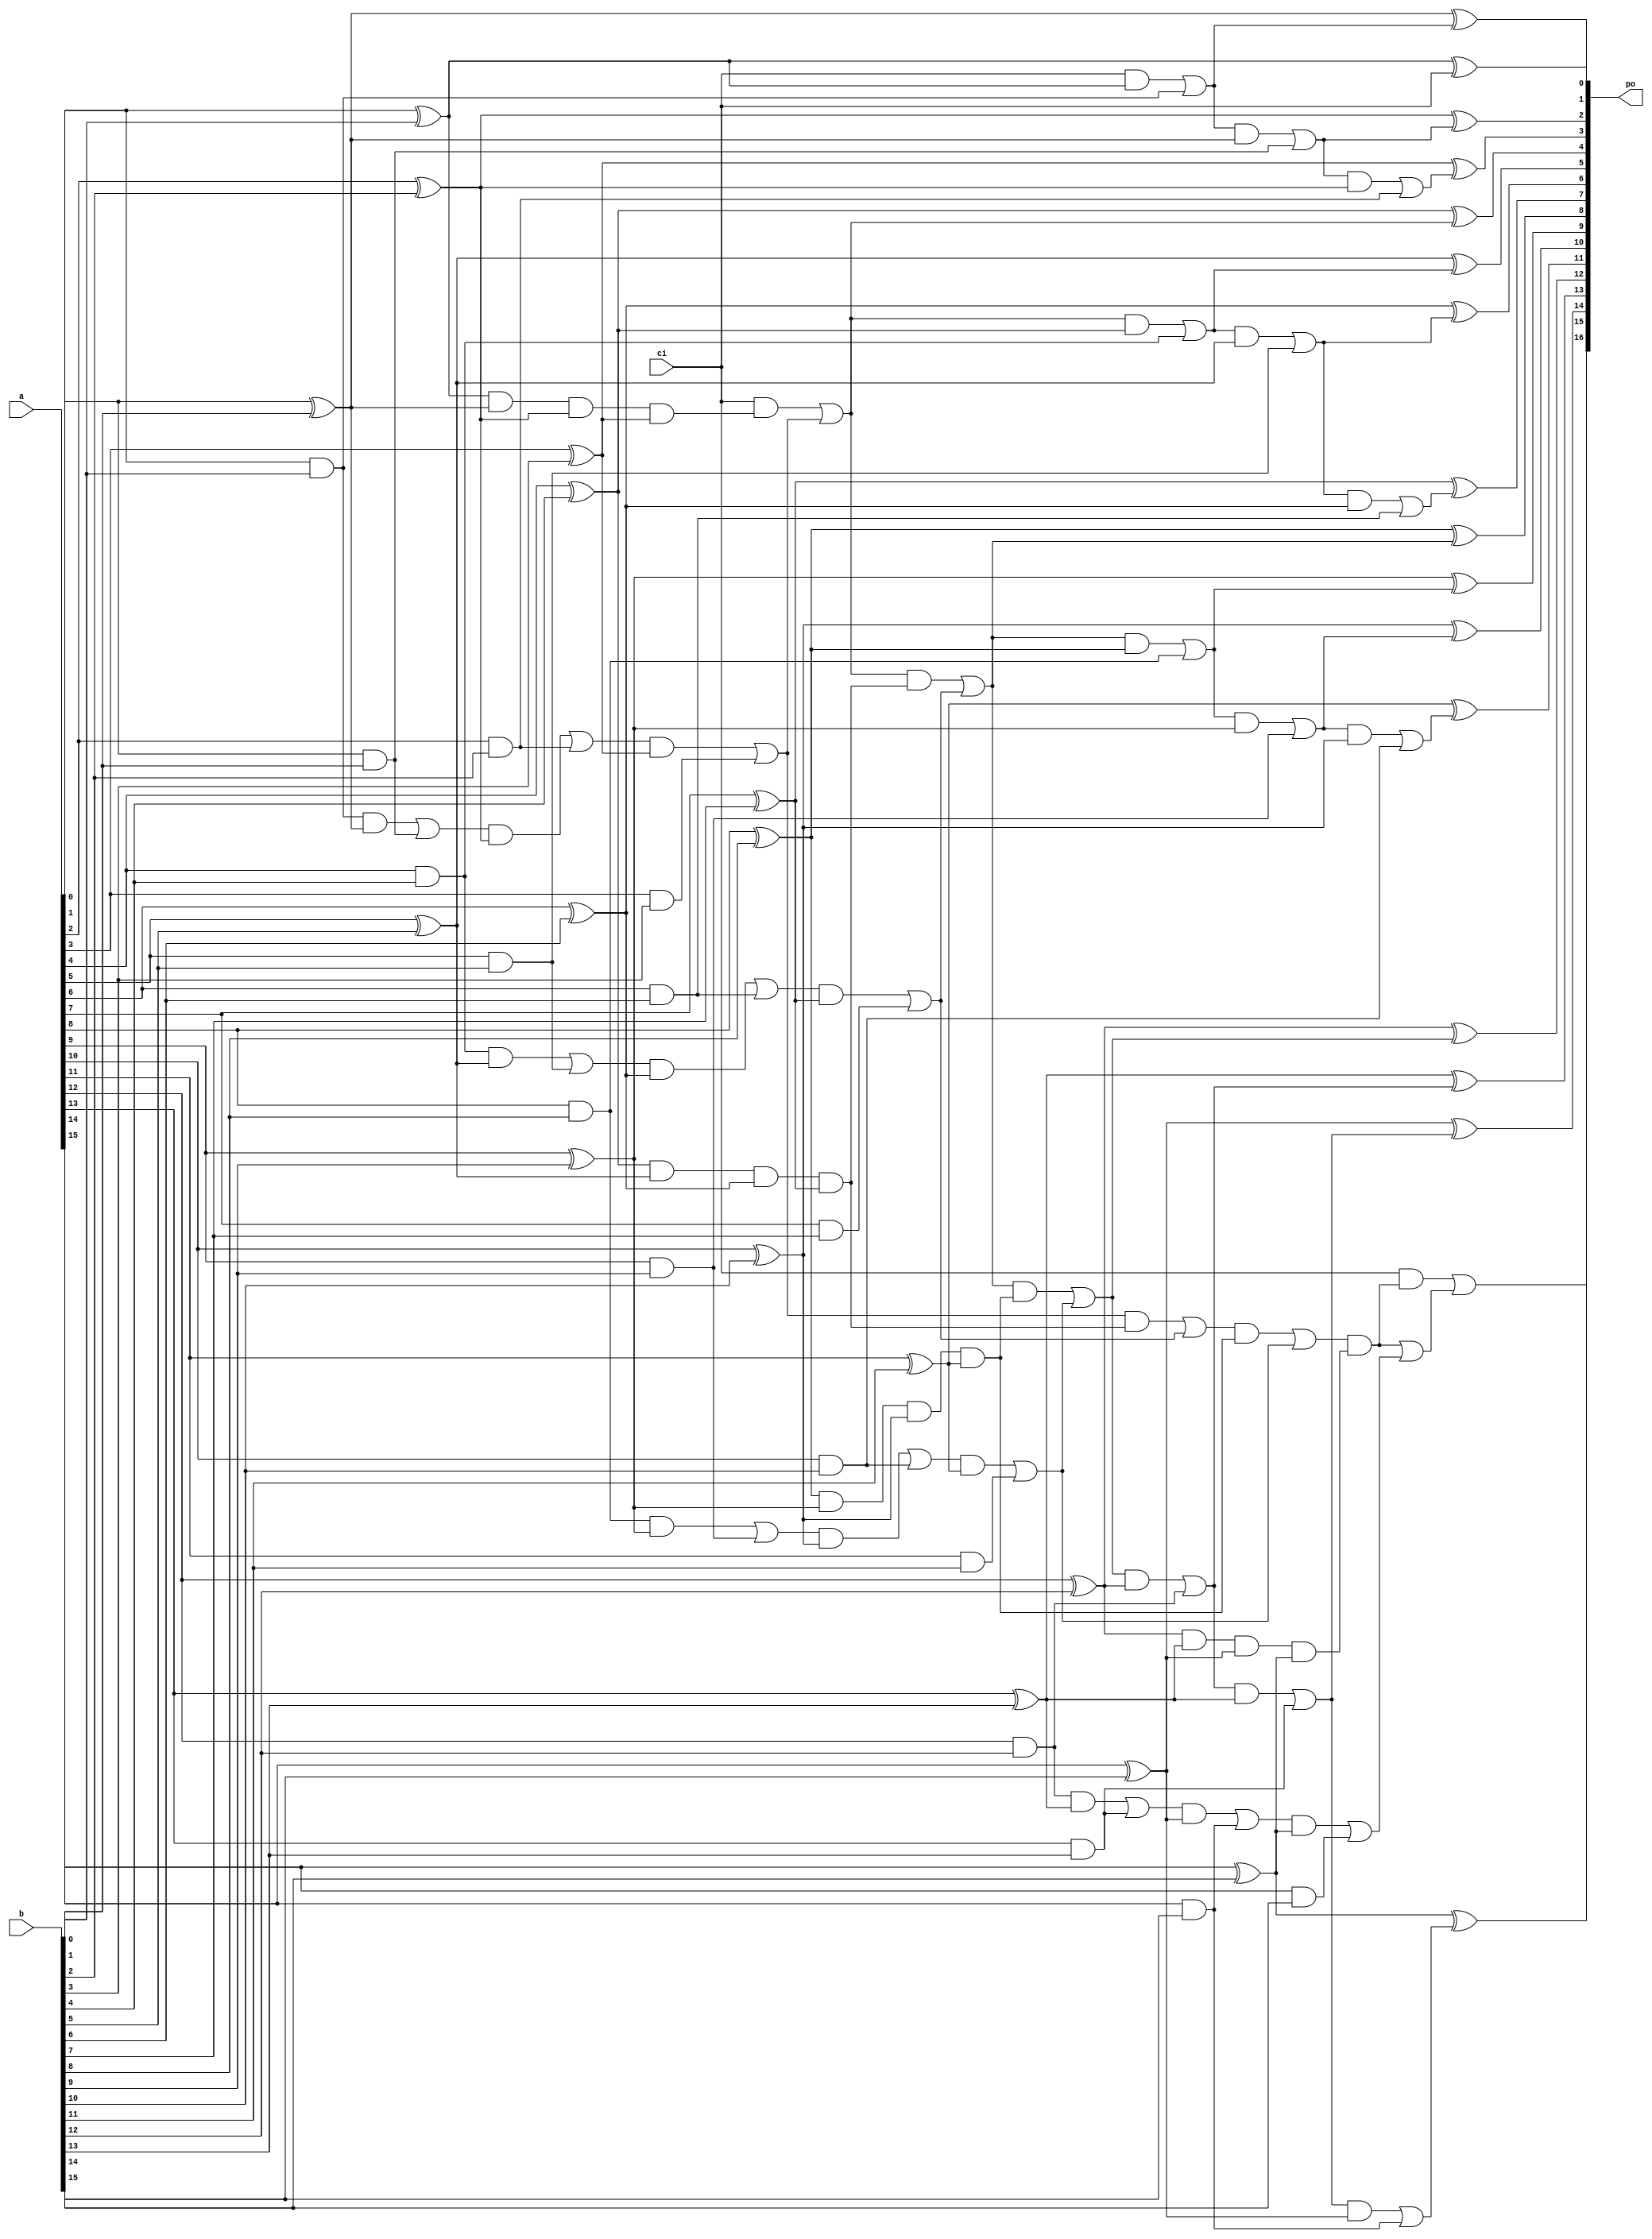
`timescale 1ns / 1ps
//////////////////////////////////////////////////////////////////////////////////
// 
// Design Name: adder
// Module Name adder_hcla
// Description: Hierarchical Carry Look-Ahead
// License: MIT
//  Copyright (c) 2024 Dmitry Matyunin
//  Permission is hereby granted, free of charge, to any person obtaining a copy
//  of this software and associated documentation files (the "Software"), to deal
//  in the Software without restriction, including without limitation the rights
//  to use, copy, modify, merge, publish, distribute, sublicense, and/or sell
//  copies of the Software, and to permit persons to whom the Software is
//  furnished to do so, subject to the following conditions:
//
//  The above copyright notice and this permission notice shall be included in
//  all copies or substantial portions of the Software.
//
//  THE SOFTWARE IS PROVIDED "AS IS", WITHOUT WARRANTY OF ANY KIND, EXPRESS OR
//  IMPLIED, INCLUDING BUT NOT LIMITED TO THE WARRANTIES OF MERCHANTABILITY
//  FITNESS FOR A PARTICULAR PURPOSE AND NONINFRINGEMENT. IN NO EVENT SHALL THE
//  AUTHORS OR COPYRIGHT HOLDERS BE LIABLE FOR ANY CLAIM, DAMAGES OR OTHER
//  LIABILITY, WHETHER IN AN ACTION OF CONTRACT, TORT OR OTHERWISE, ARISING FROM,
//  OUT OF OR IN CONNECTION WITH THE SOFTWARE OR THE USE OR OTHER DEALINGS IN
//  THE SOFTWARE.
// 
//////////////////////////////////////////////////////////////////////////////////

module adder_hcla #(
	parameter WIDTH = 16,
	parameter SUBNUM = 4
)
(
	input wire [WIDTH-1:0]a,
	input wire [WIDTH-1:0]b,
	input wire ci,
	output wire [WIDTH:0]po
);

localparam GPW = WIDTH / SUBNUM;
localparam GP0_W = GPW;
localparam GP0_N = WIDTH / GPW;
localparam GP1_W = GP0_N;

reg [WIDTH-1:0]cin;
reg [WIDTH-1:0]g, p, s;

reg [GP0_W-1:0]g0[GP0_N-1:0];
reg [GP0_W-1:0]p0[GP0_N-1:0];
reg [GP0_W-1:0]c0[GP0_N-1:0];

reg [GP0_N-1:0]G0, P0;
reg [GP0_W-2:0]C0[GP0_N-1:0];

reg [GP1_W-1:0]c1;
reg [GP1_W-1:0]p1, g1;

reg G1, P1;
reg [GP1_W-2:0]C1;

integer i, j;

assign po = {(ci&P1)|G1, s};

// Carry Look-Ahead Sigma
always @(*) begin
	for (i = 0; i < WIDTH; i = i + 1) begin
		g[i] = a[i] & b[i];
		p[i] = a[i] ^ b[i];
		s[i] = p[i] ^ cin[i];
	end
end

// Carry
always @(*) begin
	for (i = 0; i < GP0_N; i = i + 1) begin
		cin[(i+1)*GP0_W-1-:GP0_W] = {C0[i], (i == 0) ? ci : C1[i-1]};
	end
end

// Carry Look-Ahead Generator (Stage 0)
always @(*) begin
	for (i = 0; i < GP0_N; i = i + 1) begin
		c0[i][0] = (i == 0) ? ci : C1[i-1];
		p0[i][0] = p[i*GP0_W];
		g0[i][0] = g[i*GP0_W];
		for (j = 1; j < GP0_W; j = j + 1) begin
			c0[i][j] = c0[i][j-1] & p[i*GP0_W+j-1] | g[i*GP0_W+j-1];
			g0[i][j] = g0[i][j-1] & p[i*GP0_W+j] | g[i*GP0_W+j];
			p0[i][j] = p0[i][j-1] & p[i*GP0_W+j];
		end
	end
	for (i = 0; i < GP0_N; i = i + 1) begin
		G0[i] = g0[i][GP0_W-1];
		P0[i] = p0[i][GP0_W-1];
		C0[i] = c0[i][GP0_W-1:1];
	end
end

// Carry Look-Ahead Generator (Stage 1)
always @(*) begin
	c1[0] = ci;
	p1[0] = P0[0];
	g1[0] = G0[0];
	for (i = 1; i < GP1_W; i = i + 1) begin
		c1[i] = c1[i-1] & P0[i-1] | G0[i-1];
		g1[i] = g1[i-1] & P0[i] | G0[i];
		p1[i] = g1[i-1] & P0[i];
	end
	G1 = g1[GP1_W-1];
	P1 = p1[GP1_W-1];
	C1 = c1[GP1_W-1:1];
end

endmodule